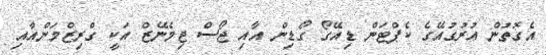
އެގޮތުން އުރުގުއޭގެ ކެޕްޓަން ޑިއޭގޯ ގޯޑިން އާއި ޖޯސް ޖިމެނޭޒް އަކީ ގްރިޒްމަންއާއި